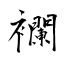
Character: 襴